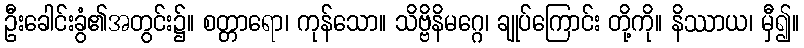
ဦးခေါင်းခွံ၏အတွင်း၌။ စတ္တာရော၊ ကုန်သော။ သိဗ္ဗိနိမဂ္ဂေ၊ ချုပ်ကြောင်း တို့ကို။ နိဿာယ၊ မှီ၍။